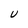
Character: U